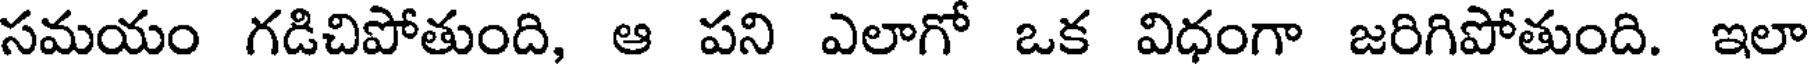
సమయం గడిచిపోతుంది, ఆ పని ఎలాగో ఒక విధంగా జరిగిపోతుంది. ఇలా